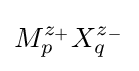
M_{p}^{z_{+}}X_{q}^{z_{-}}